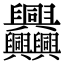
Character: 𦧅